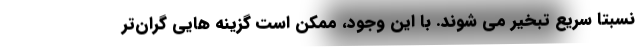
نسبتا سریع تبخیر می شوند. با این وجود، ممکن است گزینه هایی گران‌تر